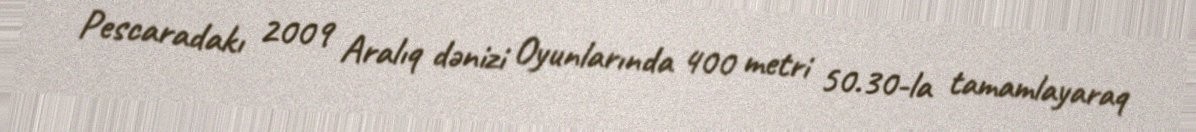
Pescaradakı 2009 Aralıq dənizi Oyunlarında 400 metri 50.30-la tamamlayaraq